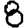
Digit: 8